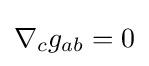
\nabla _{c}g_{ab}=0